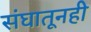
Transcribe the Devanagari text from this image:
संघातूनही